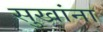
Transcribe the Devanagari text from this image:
सुखांना